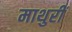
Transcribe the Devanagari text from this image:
माथुरीं